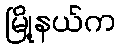
မြို့နယ်က